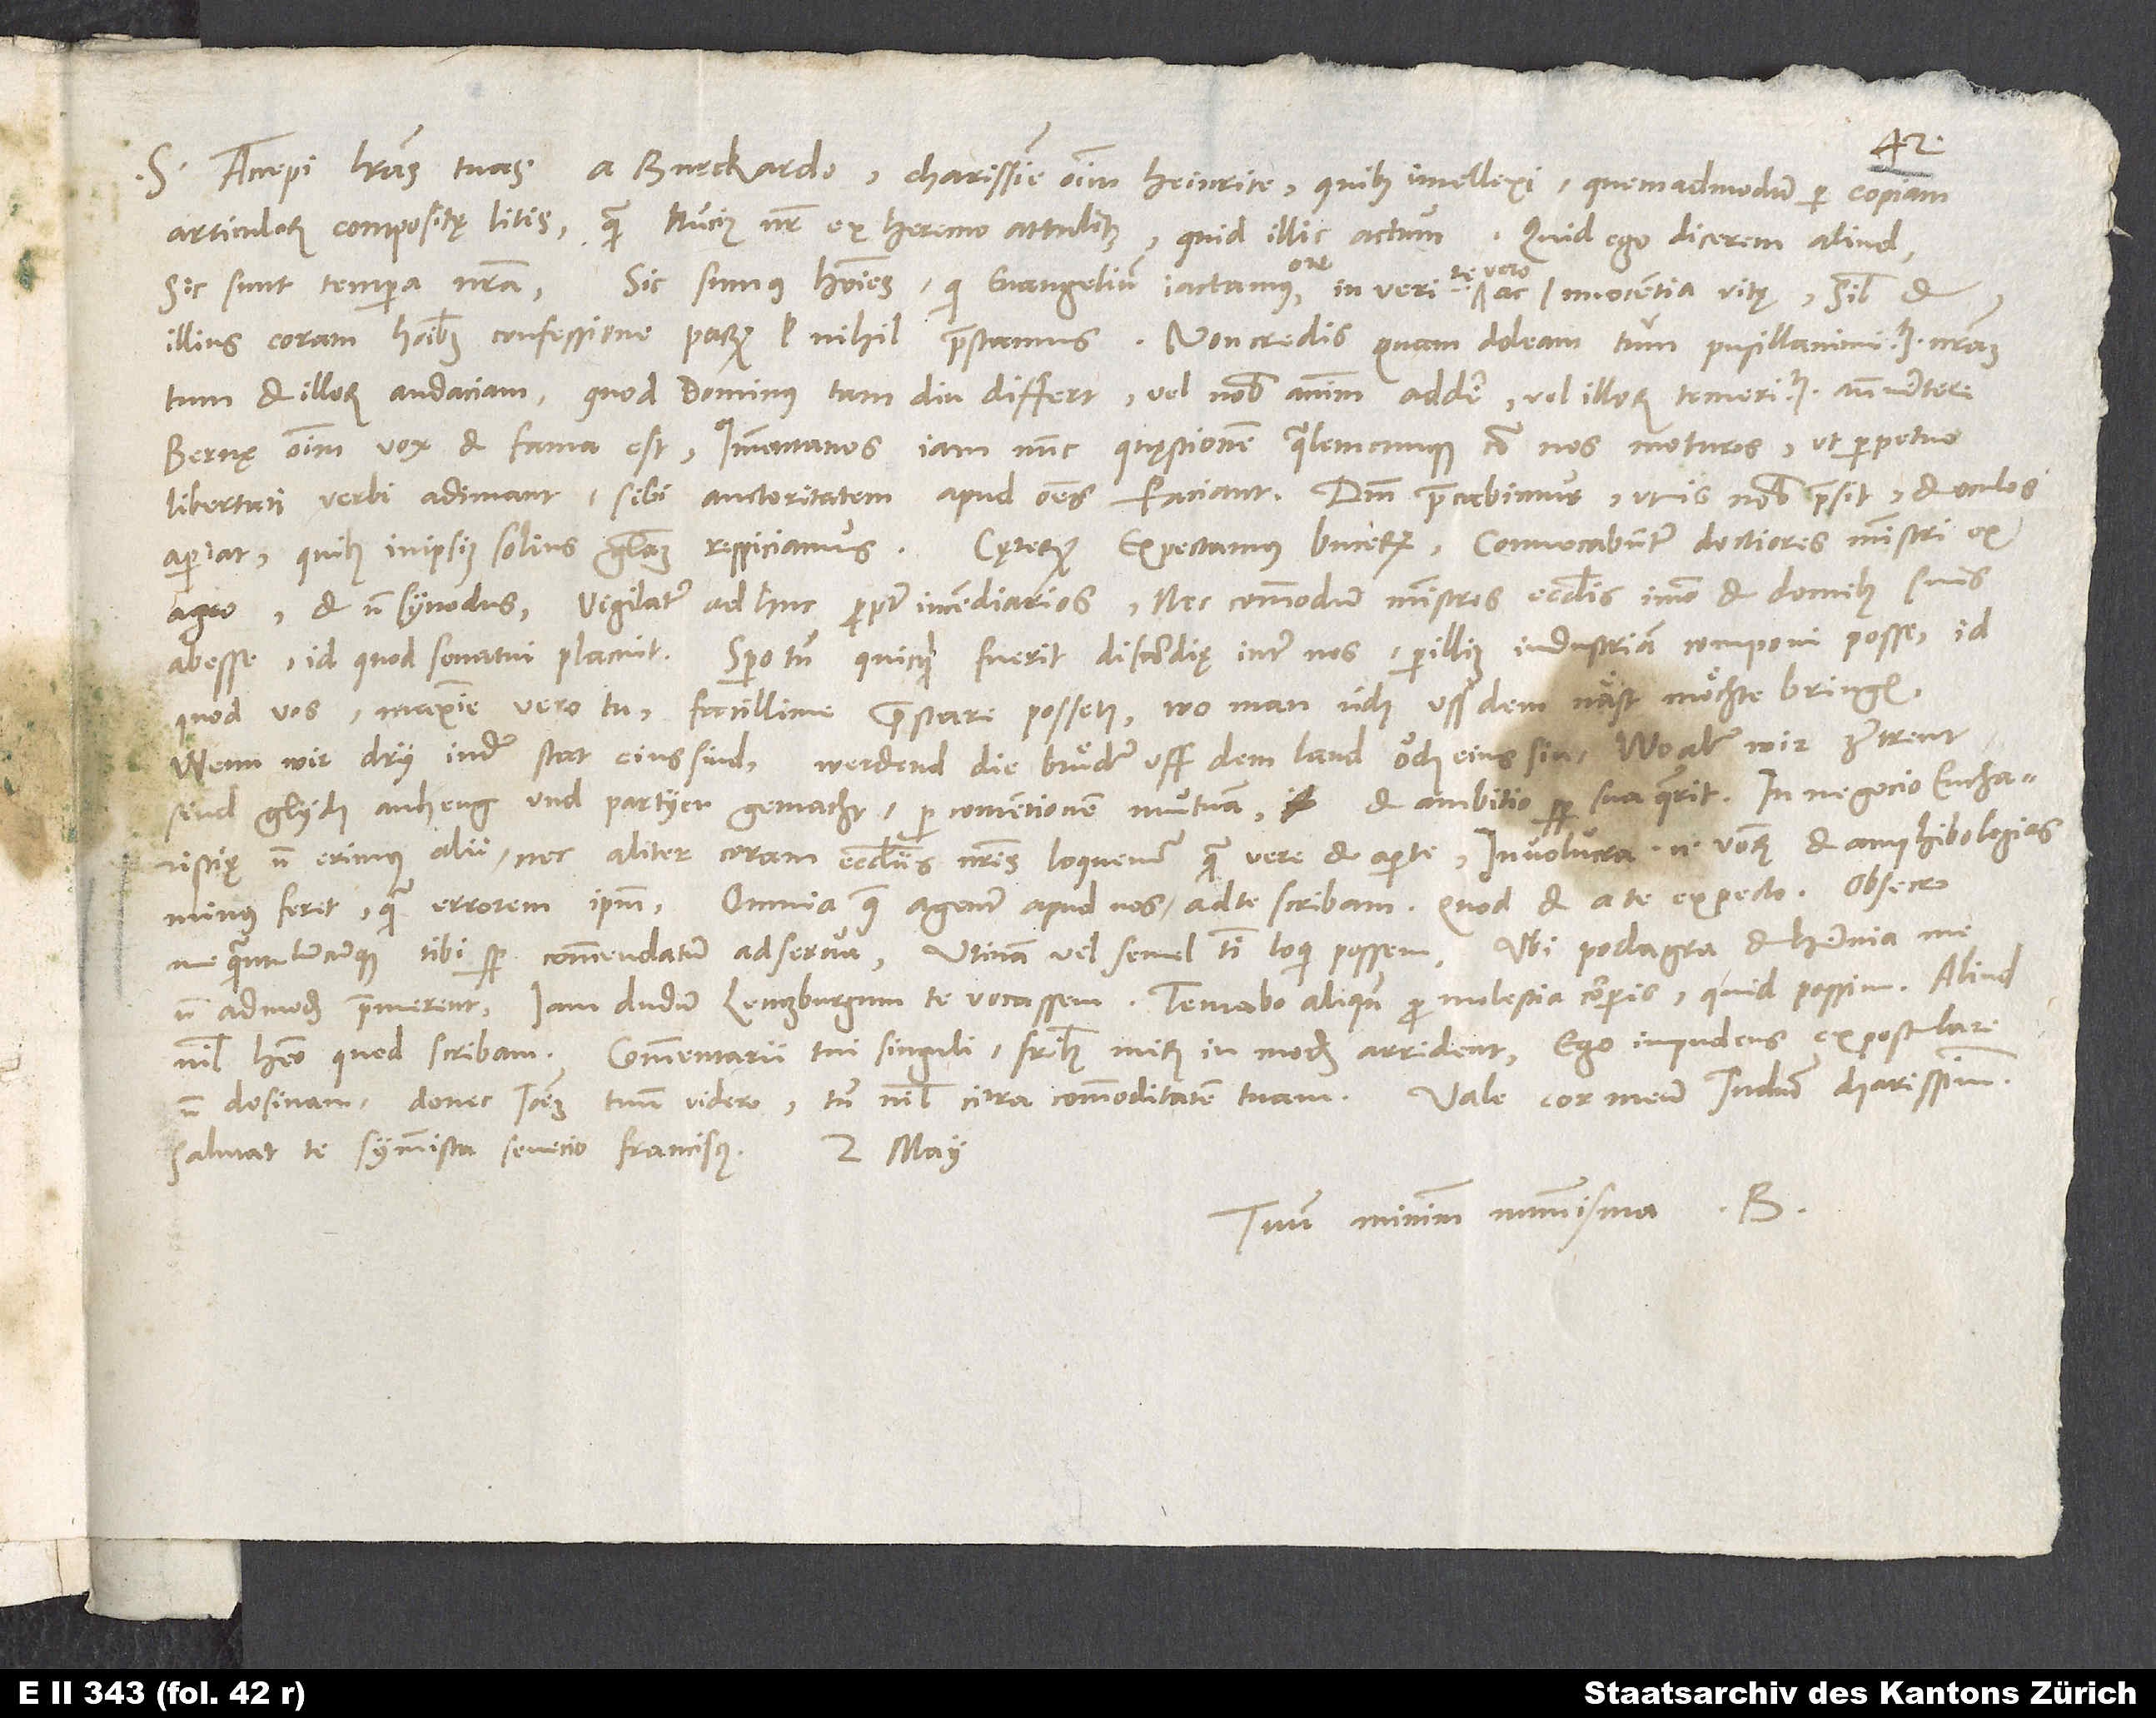
2.
Accepi literas tuas a Burckardo, charissime omnium Heinrice, quibus intellexi, quemadmodum per copiam
S.
articulorum compositę litis, quam nuncius noster ex Heremo attulit, quid illic actum. Quid ego dicerem aliud?
Sic sunt tempora nostra,
sic sumus homines, qui evangelium iactamus ore, in veritate vero ac innocentia vitę, simul et
illius coram hominibus confessione parum vel nihil praestamus. Non credis, quam doleam tum pusillanimitatem nostram,
tum et illorum audaciam quod dominus tam diu differt vel nobis animum addere vel illorum temeritatem antevertere.
Bernę omnium vox et fama est Immontanos iam nunc quęstionem qualemcunque contra nos moturos, ut perpetuo
libertati verbi adimant, sibi auctoritatem apud omnes faciant. Deum precabimus, ut is nobis praesit et oculos
agro et non synodus. Vigilatur adhuc propter incendiarios, nec commodum ministros ecclesiis, immo et domibus suis
abesse, id quod senatui placuit. Spero tamen, quicquid fuerit discordię inter nos, per illius industriam componi posse, id
quod vos, maxime vero tu, facillime praestare possetis, wo man üch uss dem näst möchte bringen.
Wenn wir dry in der stat eins sind, werdend di bruͤder uff dem land ouch eins sin, wo aber wir zertrent,
sind glych anheng und partyen gemacht, per contentionem mutuam, et ambitio semper sua quaerit. In negocio eucharistię
non erimus alii nec aliter coram ecclesiis nostris loquemur quam vere et aperte. Involucra enim verborum et amphibologias
me quantulumcunque tibi semper commendatum adserva. Utinam vel semel tibi loqui possem. Ubi podagra et hernia me
non admodum premerent, iam dudum Lentzburgum te vocassem. Tentabo aliquando pro molestia corporis, quid possim. Aliud
Vale, cor meum in domino charissimum.
non desinam, donec Ioannem tuum videro, tamen nihil citra commoditatem tuam.
Salutat te symmista senecio Franciscus.
Tuum minimum nummisma B.